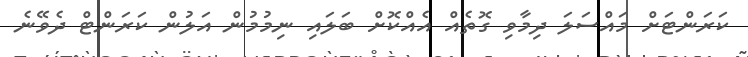
ކަރަންޓަށް މައްސަލަ ދިމާވި ގޮތެއް އެއްކޮށް ބަލައި ނިމުމުން އަލުން ކަރަންޓް ދެވޭނެ